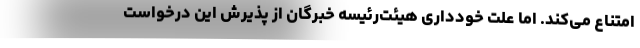
امتناع می‌کند. اما علت خودداری هیئت‌رئیسه خبرگان از پذیرش این درخواست